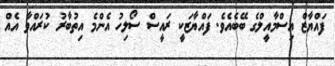
ފައްޔާޒް އިސްމާއީލްގެ ބޭބެއެވެ. ފައްޔާޒަކީ ރައީސް ސޯލިހު އެންމެ އިތުބާރު ކުރައްވާ އެއް